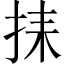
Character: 𢬗